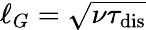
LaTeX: {\ell_{G}=\sqrt{\nu\tau_{\mathrm{dis}}}}